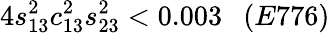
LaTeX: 4s_{13}^{2}c_{13}^{2}s_{23}^{2}<0.003~~~(E776)